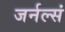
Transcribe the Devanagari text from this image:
जर्नल्सं